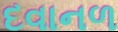
દવાનળ